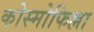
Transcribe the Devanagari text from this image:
कोस्मोफिल्ला